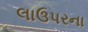
લાઉપરના